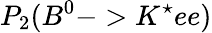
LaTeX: P_{2}(B^{0}->K^{\star}ee)